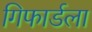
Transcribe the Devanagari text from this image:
गिफार्डला